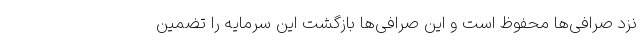
نزد صرافی‌ها محفوظ است و این صرافی‌ها بازگشت این سرمایه‌ را تضمین